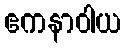
ဧကနာဝါယ